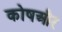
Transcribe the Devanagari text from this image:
कोषऔर